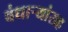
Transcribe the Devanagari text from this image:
बंधार्‍यांसह